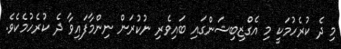
މި ދެ ކުރެހުމަކީ މި އެގްޒިބިޝަންގައި ބައިވެރި ނުކުރަން ނިންމާފައިވާ ދެ ކުރެހުމެކެވެ.